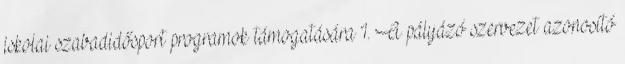
iskolai szabadidősport programok támogatására 1. A pályázó szervezet azonosító